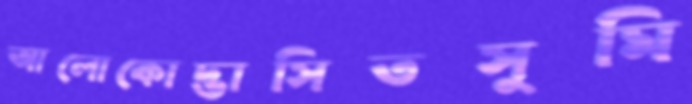
আলোকোদ্ভাসিতসুমি